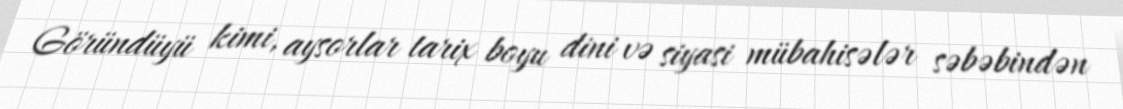
Göründüyü kimi, aysorlar tarix boyu dini və siyasi mübahisələr səbəbindən